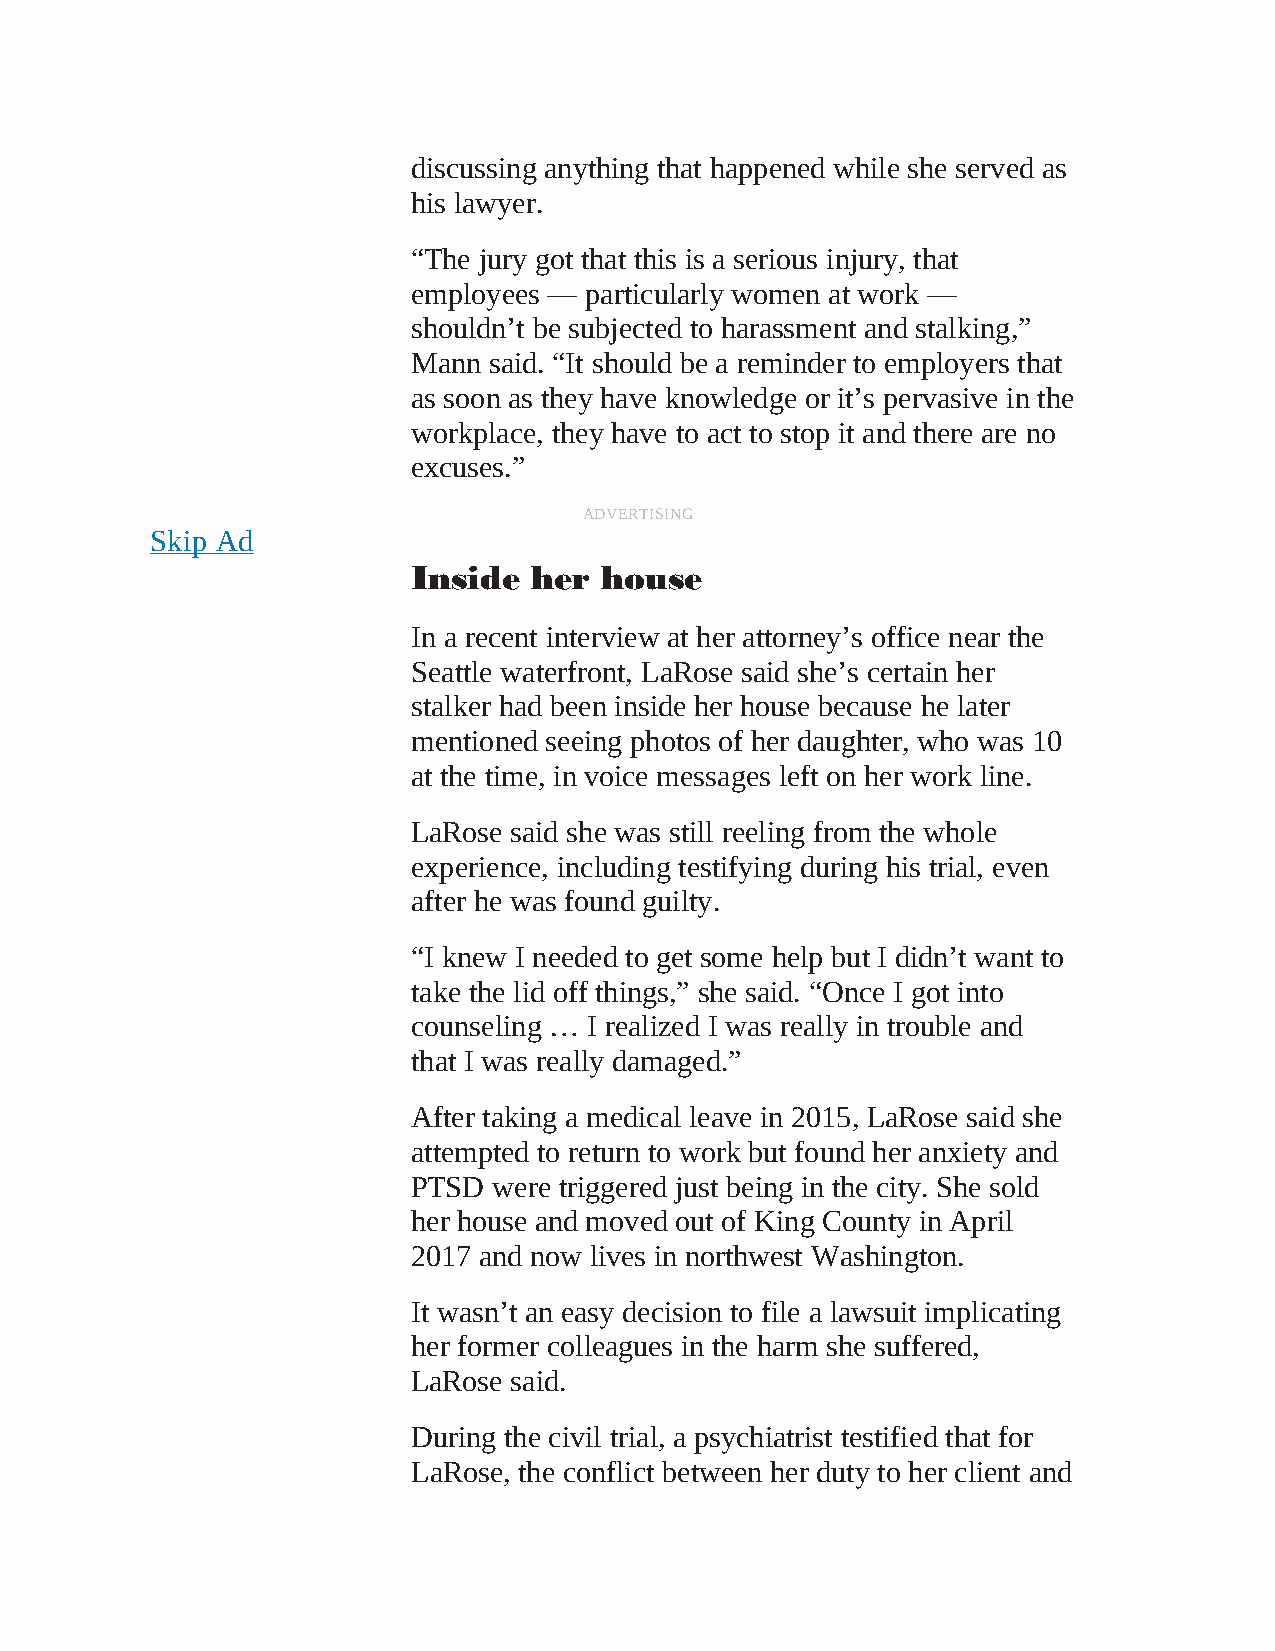
discussing anything that happened while she served as
 his lawyer.
 “The jury got that this is a serious injury, that
 employees — particularly women at work —
 shouldn’t be subjected to harassment and stalking,”
 Mann said. “It should be a reminder to employers that
 as soon as they have knowledge or it’s pervasive in the
 workplace, they have to act to stop it and there are no
 excuses.”
 ADVERTISING
 Skip Ad
 Inside  her  house
 In a recent interview at her attorney’s office near the
 Seattle waterfront, LaRose said she’s certain her
 stalker had been inside her house because he later
 mentioned seeing photos of her daughter, who was 10
 at the time, in voice messages left on her work line.
 LaRose said she was still reeling from the whole
 experience, including testifying during his trial, even
 after he was found guilty.
 “I knew I needed to get some help but I didn’t want to
 take the lid off things,” she said. “Once I got into
 counseling … I realized I was really in trouble and
 that I was really damaged.”
 After taking a medical leave in 2015, LaRose said she
 attempted to return to work but found her anxiety and
 PTSD  were triggered just being in the city. She sold
 her house and moved out of King County in April
 2017 and now lives in northwest Washington.
 It wasn’t an easy decision to file a lawsuit implicating
 her former colleagues in the harm she suffered,
 LaRose said.
 During the civil trial, a psychiatrist testified that for
 LaRose, the conflict between her duty to her client and